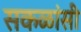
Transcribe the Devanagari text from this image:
सकळांसी